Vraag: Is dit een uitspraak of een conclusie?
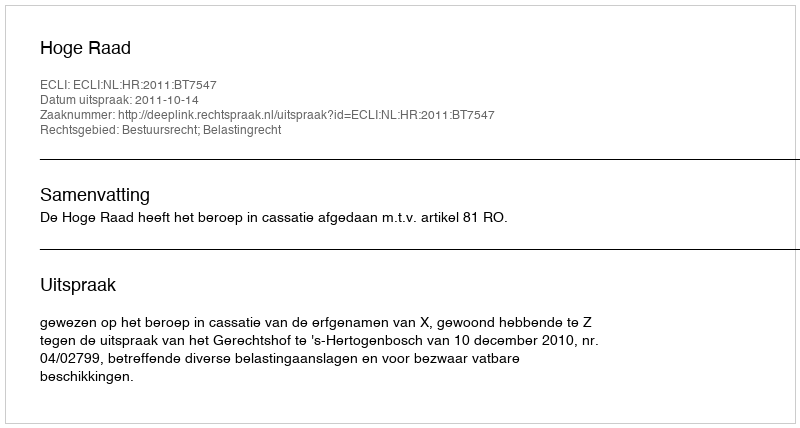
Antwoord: Uitspraak